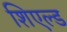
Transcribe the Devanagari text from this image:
शिएल्ड